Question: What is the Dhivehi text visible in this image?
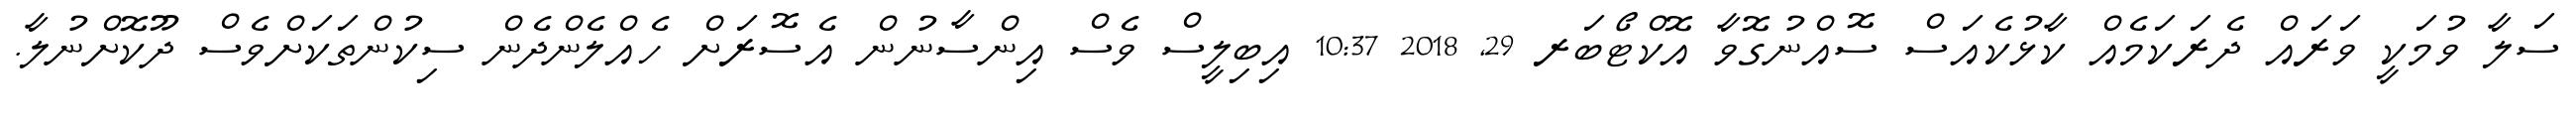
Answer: ސަލާ ވުމަކީ ވަރައް ދެރަކަމެއް ކާޅުކެއަސް ސޮއްނުގޮވާ އޮކްޓޯބަރ 29, 2018 10:37 އިބިލީސް ވެސް އިންސާނުން އެސޮރަށް ހެއްލެންދެން ސިކުންތަކަށްވެސް ދޫކޮށްނުލާ.